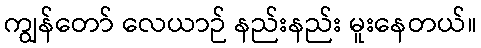
ကျွန်တော် လေယာဉ် နည်းနည်း မူးနေတယ်။